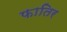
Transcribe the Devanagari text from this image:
फातिर